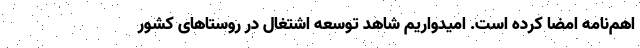
اهم‌نامه امضا کرده است. امیدواریم شاهد توسعه اشتغال در روستاهای کشور